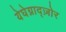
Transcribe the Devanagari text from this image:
येघेग्नाद्ज़ोर